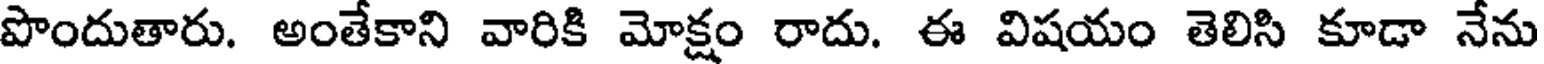
పొందుతారు. అంతేకాని వారికి మోక్షం రాదు. ఈ విషయం తెలిసి కూడా నేను